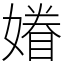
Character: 𡡀